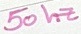
Text: 50 hz